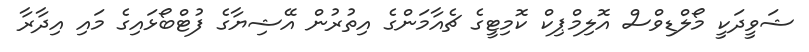
ޝަވީދަކީ މޯލްޑިވްސް އޮލިމްޕިކް ކޮމިޓީގެ ޗެއާމަންގެ އިތުރުން އޭޝިޔާގެ ފުޓްބޯޅައިގެ މައި އިދާރާ